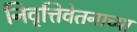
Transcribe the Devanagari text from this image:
निवृत्तिवेतनाच्या